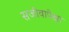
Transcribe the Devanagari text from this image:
सजीवापेक्षा